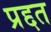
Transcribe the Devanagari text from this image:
प्रद्दत